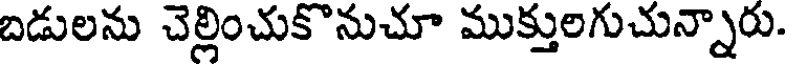
బడులను చెల్లించుకొనుచూ ముక్తులగుచున్నారు.